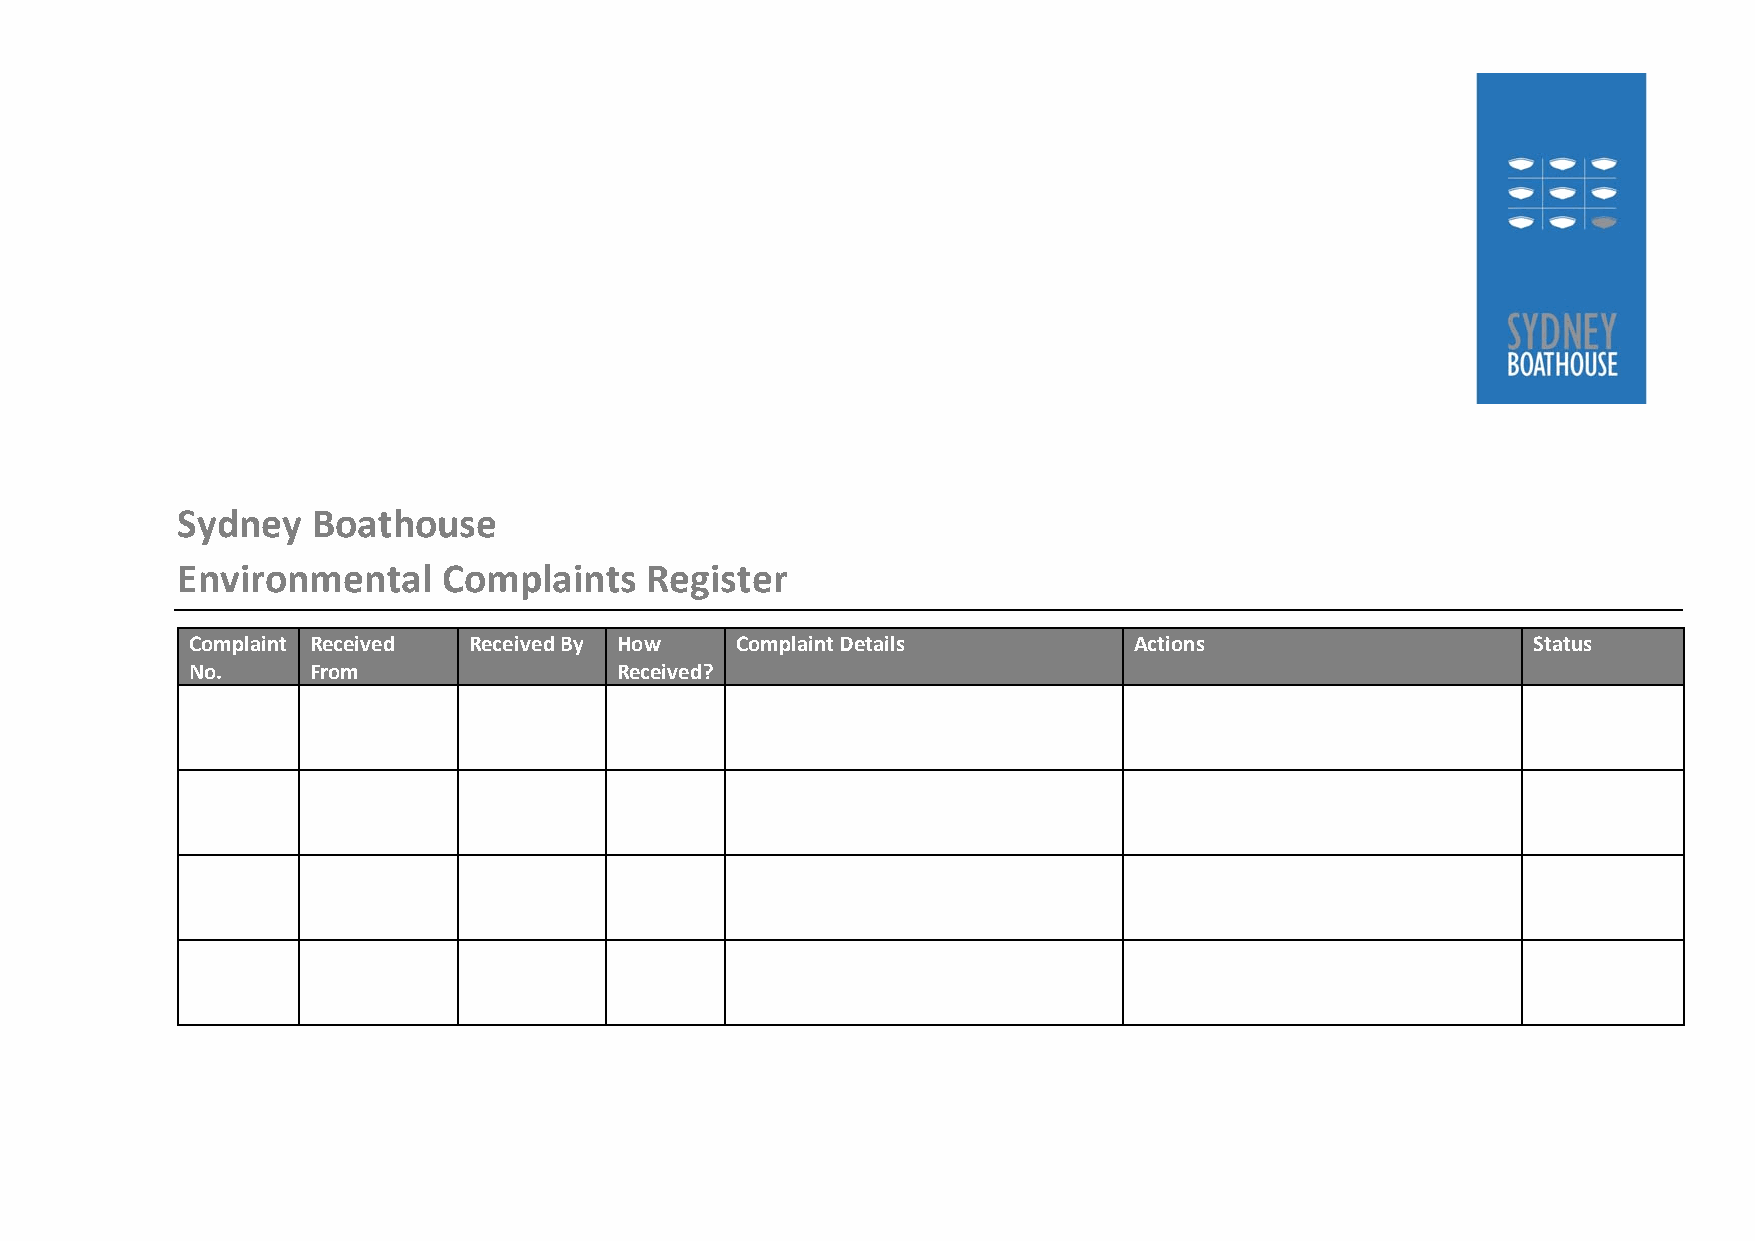
Sydney   Boathouse
 Environmental    Complaints    Register
 Complaint Received Received By How  Complaint Details         Actions                   Status
 No.    From                 Received?